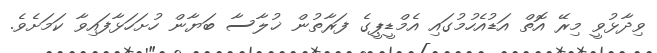
ވިދާޅުވީ މިރޭ އޮތް އަޑުއެހުމުގައި އެމްޑީޕީގެ ފަރާތުން ޚުލާސާ ބަޔާން ހުށަހަޅާފައިވާ ކަމަށެވެ.